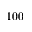
1 0 0